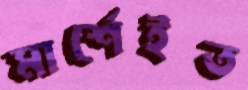
মার্শেইত